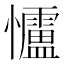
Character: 𪭃